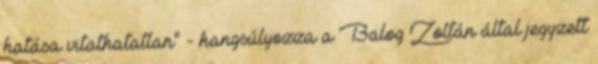
hatása vitathatatlan" - hangsúlyozza a Balog Zoltán által jegyzett